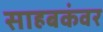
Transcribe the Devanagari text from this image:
साहबकंवर